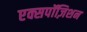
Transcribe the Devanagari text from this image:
एक्सपॉज़िशन